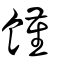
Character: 饉